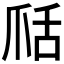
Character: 𦧍